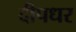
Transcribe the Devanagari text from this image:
दीपधर